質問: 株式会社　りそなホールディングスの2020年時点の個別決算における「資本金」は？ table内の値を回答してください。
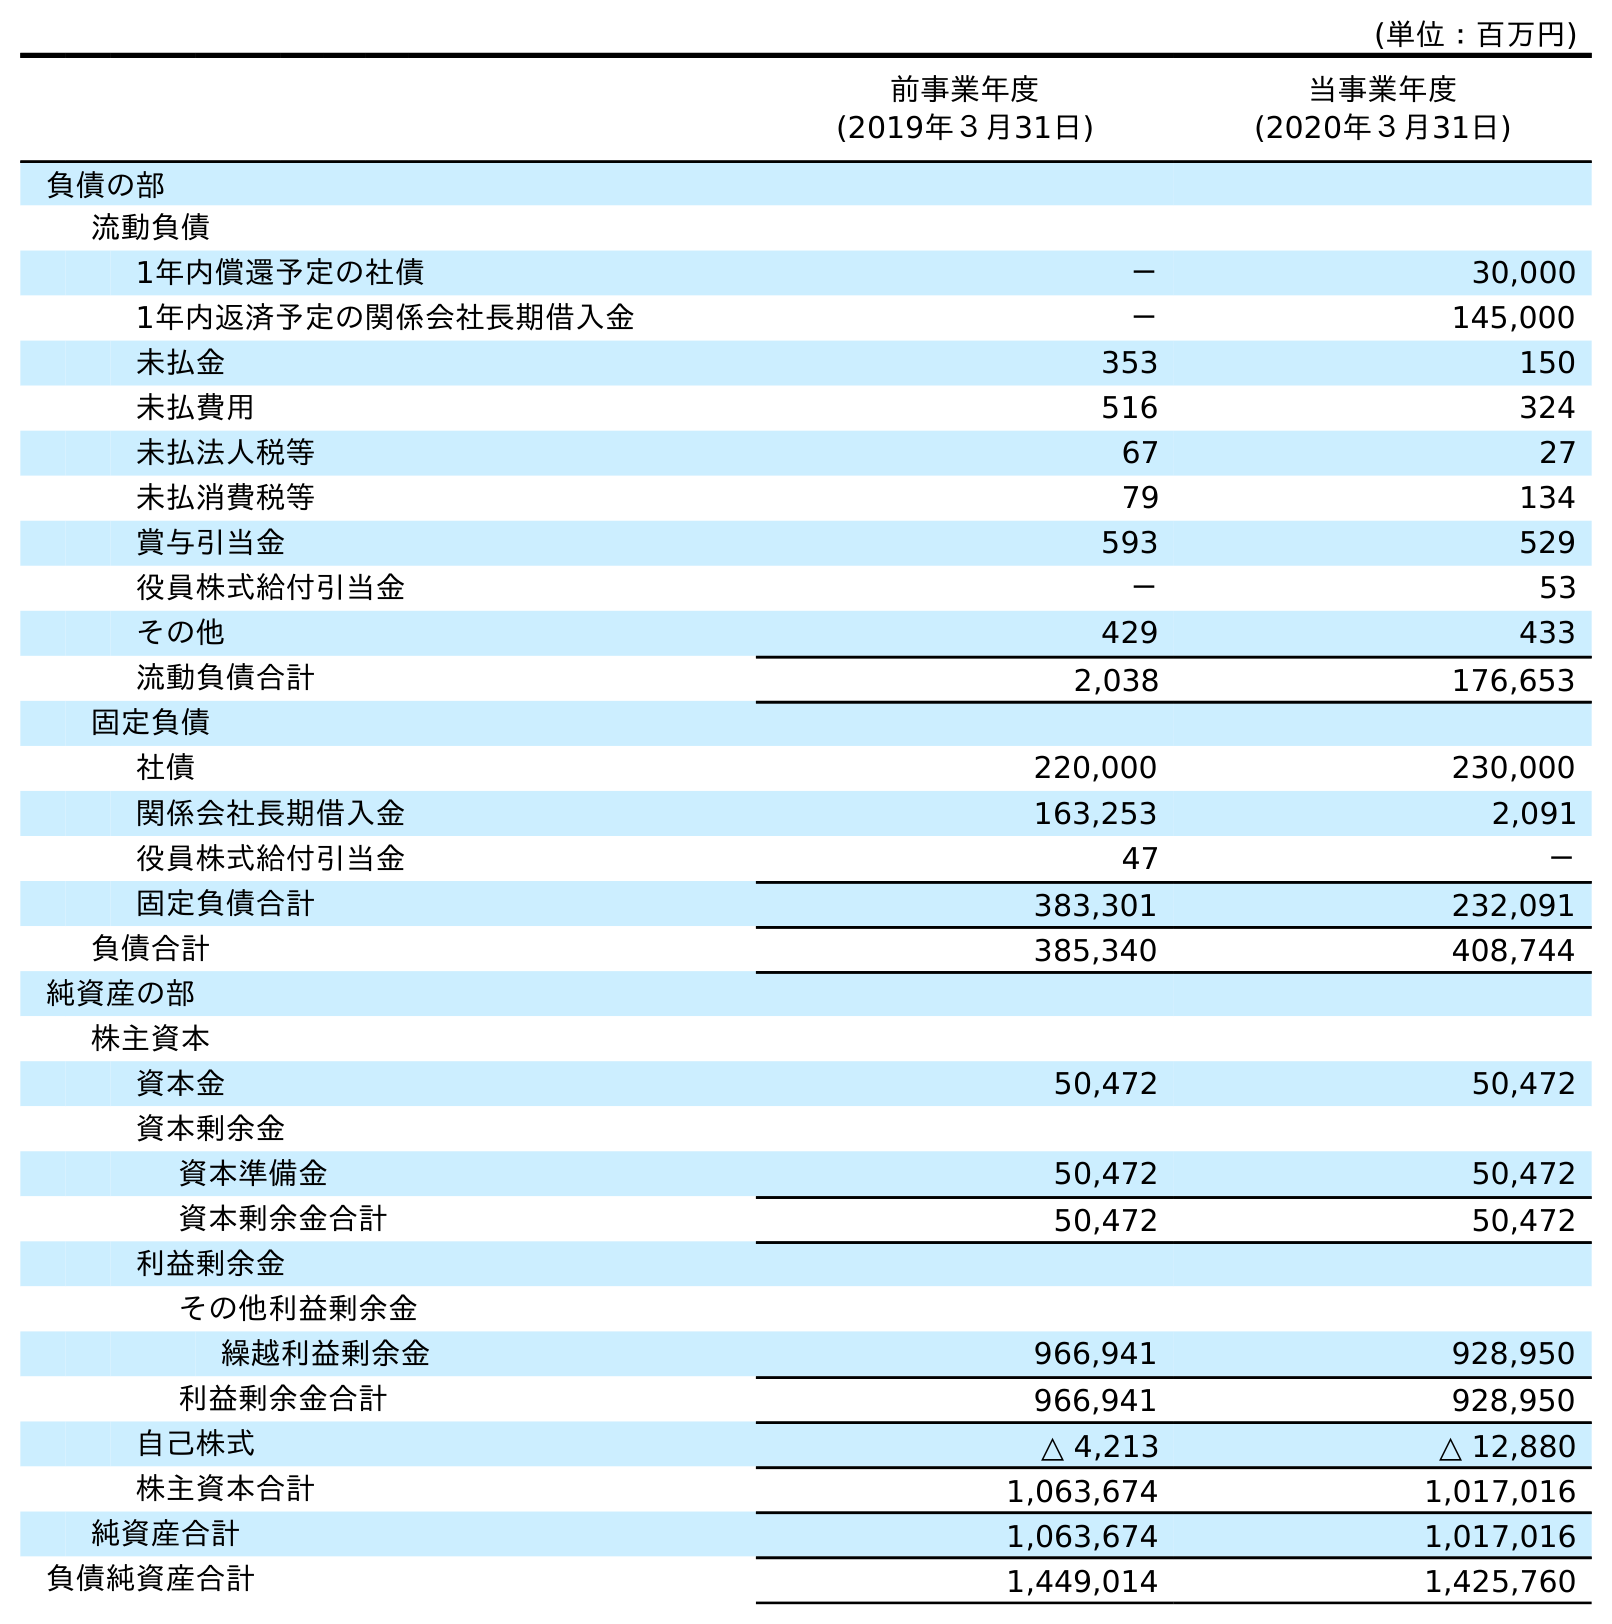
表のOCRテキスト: (単位：百万円) 前事業年度 (2019年３月31日) 当事業年度 (2020年３月31日) 負債の部 流動負債 1年内償還予定の社債 － 30,000 1年内返済予定の関係会社長期借入金 － 145,000 未払金 353 150 未払費用 516 324 未払法人税等 67 27 未払消費税等 79 134 賞与引当金 593 529 役員株式給付引当金 － 53 その他 429 433 流動負債合計 2,038 176,653 固定負債 社債 220,000 230,000 関係会社長期借入金 163,253 2,091 役員株式給付引当金 47 － 固定負債合計 383,301 232,091 負債合計 385,340 408,744 純資産の部 株主資本 資本金 50,472 50,472 資本剰余金 資本準備金 50,472 50,472 資本剰余金合計 50,472 50,472 利益剰余金 その他利益剰余金 繰越利益剰余金 966,941 928,950 利益剰余金合計 966,941 928,950 自己株式 △ 4,213 △ 12,880 株主資本合計 1,063,674 1,017,016 純資産合計 1,063,674 1,017,016 負債純資産合計 1,449,014 1,425,760
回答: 50,472